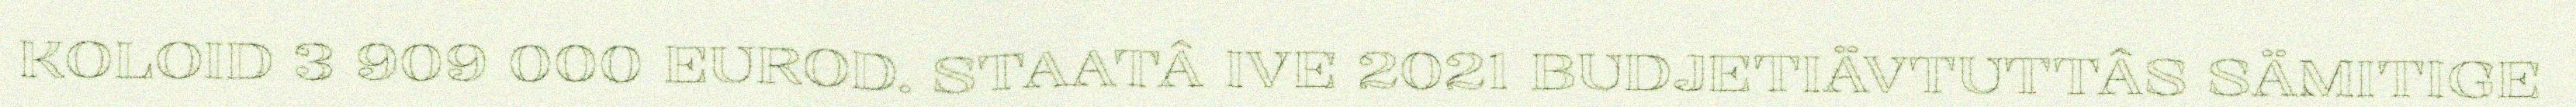
KOLOID 3 909 000 EUROD. STAATÂ IVE 2021 BUDJETIÄVTUTTÂS SÄMITIGE